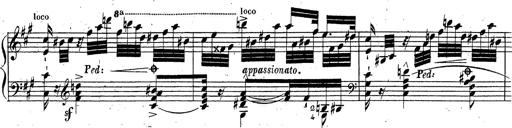
Title: Grande fantaisie sur la tyrolienne de l'opÃ©ra
Composer: Franz Liszt
Key: A major